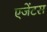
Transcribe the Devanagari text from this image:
एजेंटस